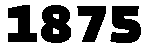
1875